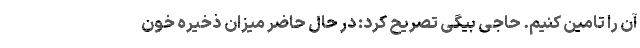
آن را تامین کنیم. حاجی بیگی تصریح کرد: در حال حاضر میزان ذخیره خون